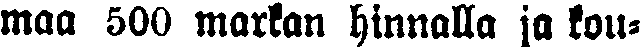
maa 500 markan hinnalla ja kou-